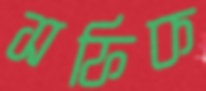
সফিক